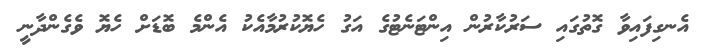
އެނގިފައިވާ ގޮތުގައި ސަރުކާރުން އިންޓަނެޓުގެ އަގު ހެޔޮކުރުމާއެކު އެންމެ ބޮޑަށް ހެޔޮ ވެގެންދާނީ